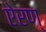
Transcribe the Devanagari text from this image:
ऐरण्